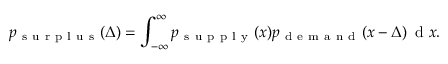
p _ { \mathrm { ~ s ~ u ~ r ~ p ~ l ~ u ~ s ~ } } ( \Delta ) = \int _ { - \infty } ^ { \infty } p _ { \mathrm { ~ s ~ u ~ p ~ p ~ l ~ y ~ } } ( x ) p _ { \mathrm { ~ d ~ e ~ m ~ a ~ n ~ d ~ } } ( x - \Delta ) \, \mathrm { ~ d ~ } x .